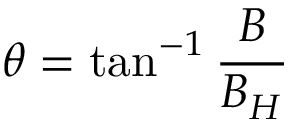
\theta = \tan ^ { - 1 } { \frac { B } { B _ { H } } }